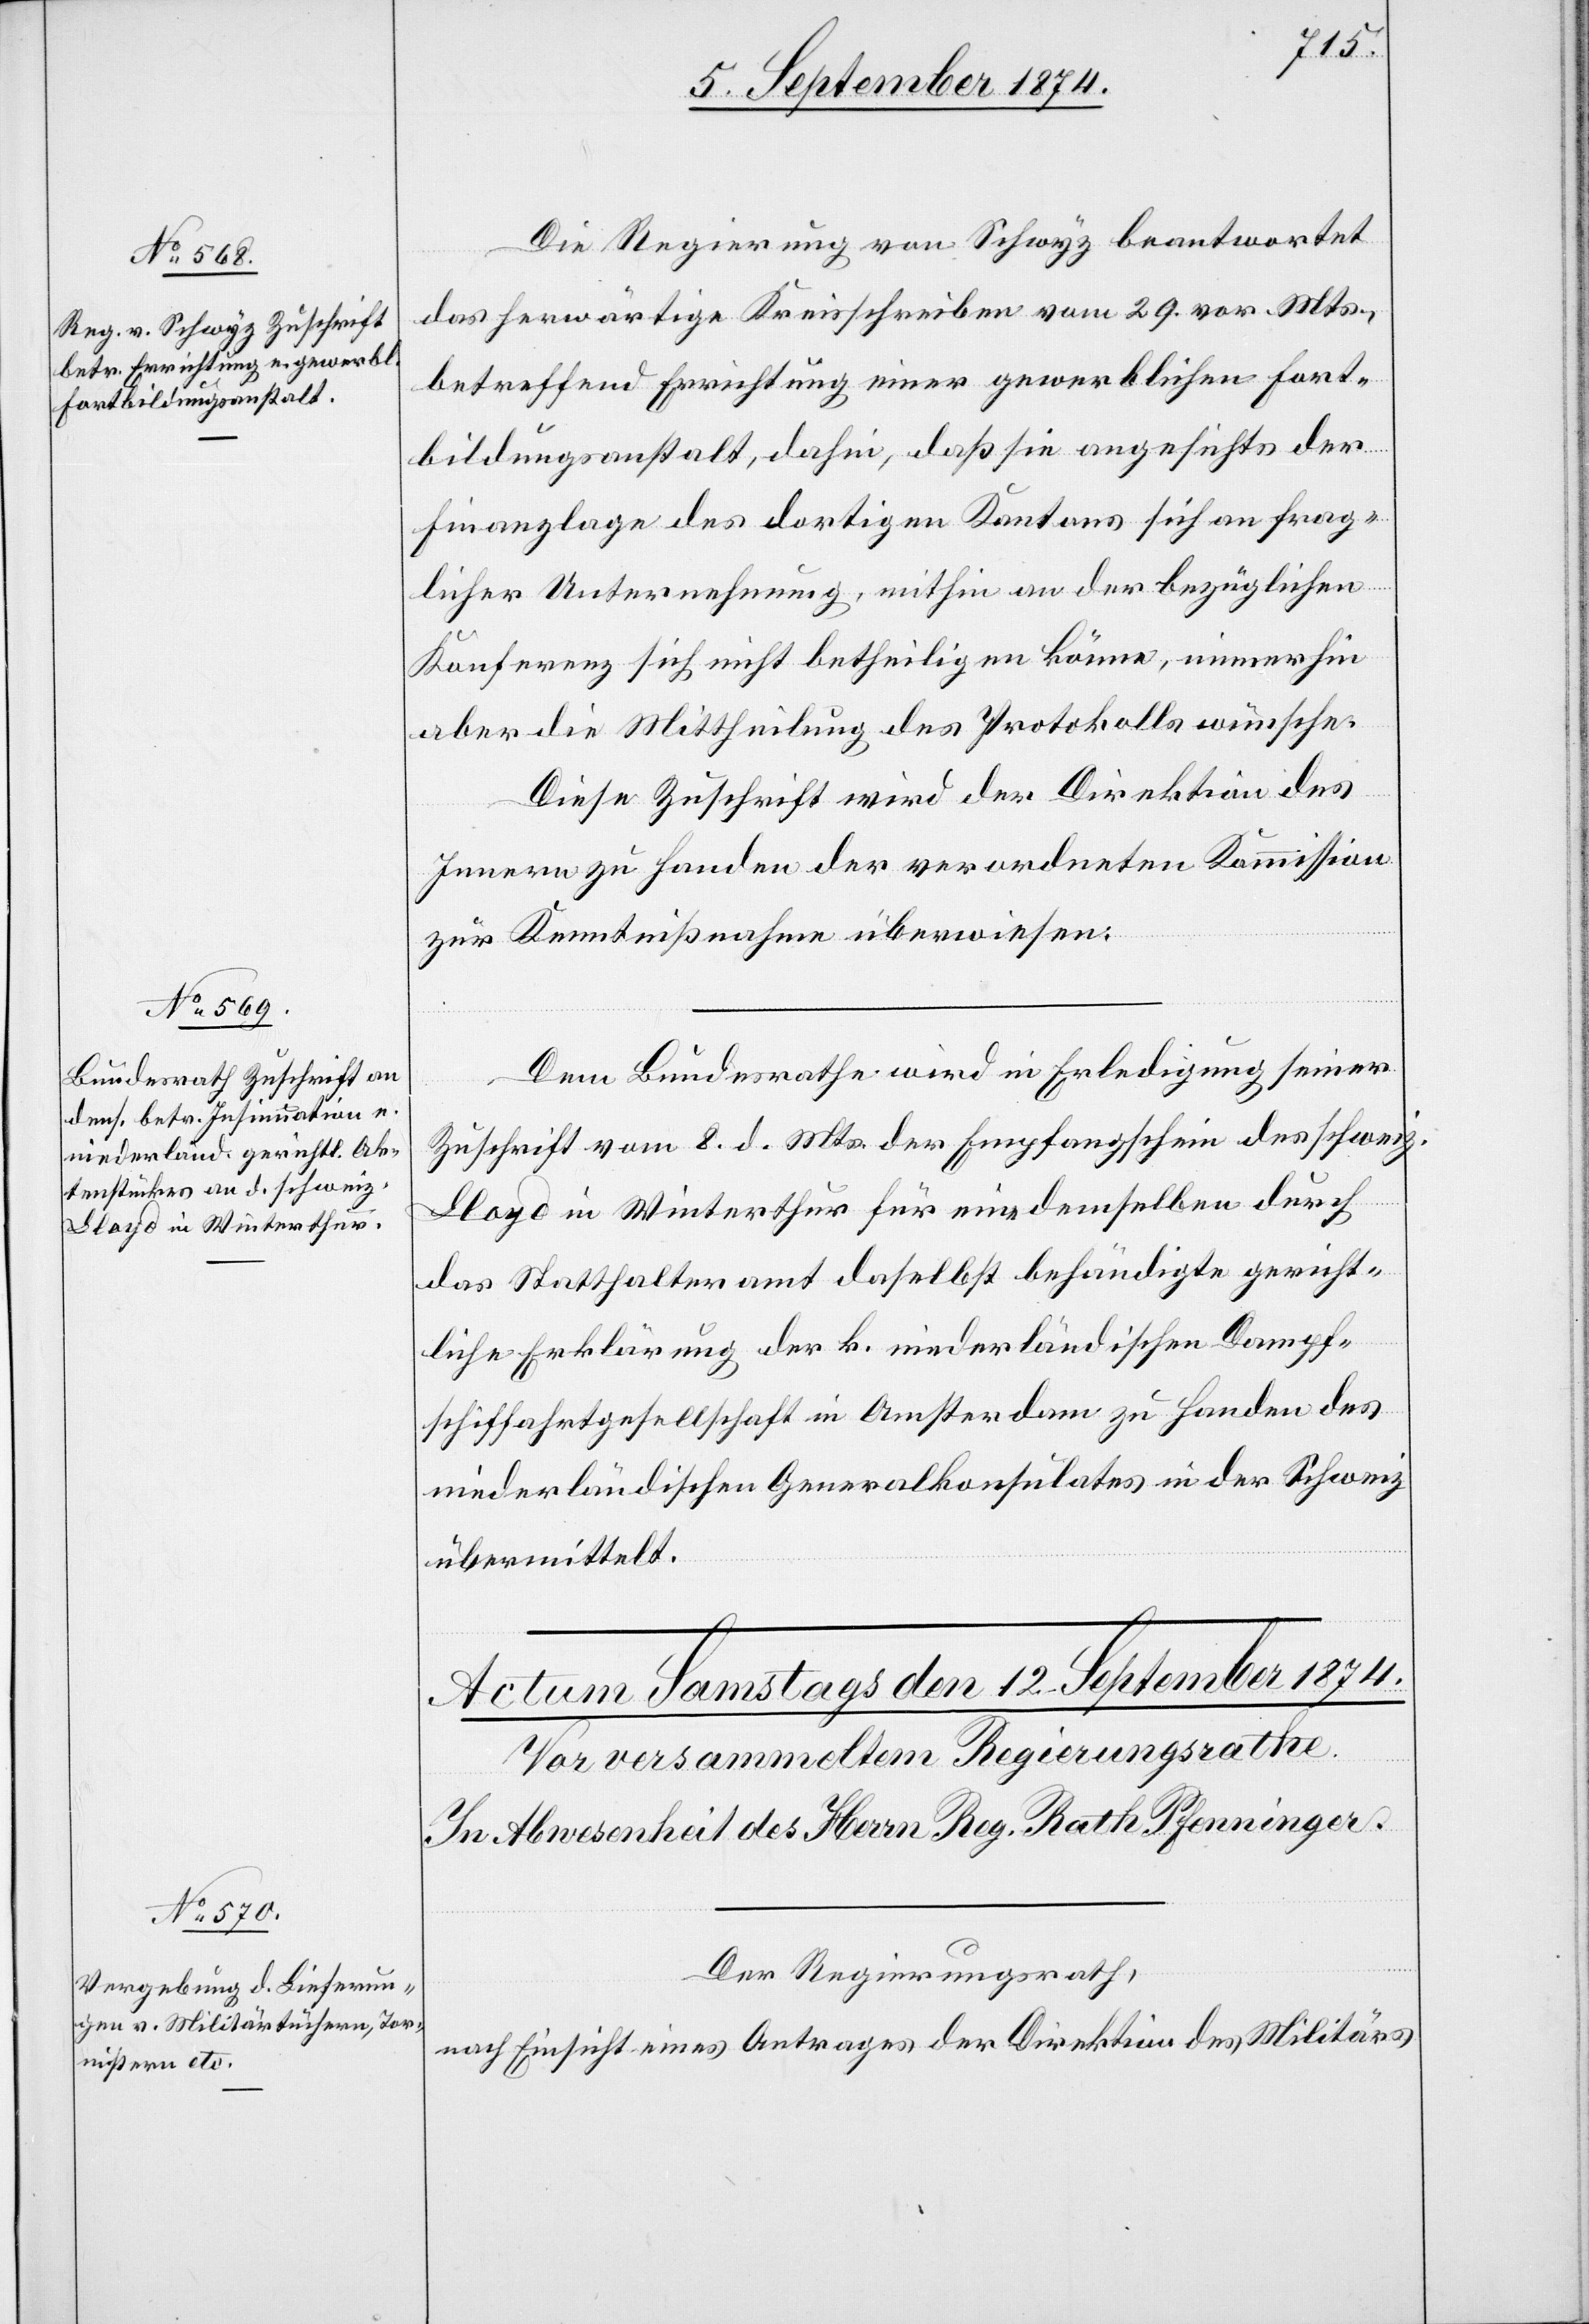
11. September 1874.]
Die Regierung von Schwyz beantwortet
das herwärtige Kreisschreiben vom 29. vor. Mts.,
betreffend Errichtung einer gewerblichen Fort¬
bildungsanstalt, dahin, daß sie angesichts der
Finanzlage des dortigen Kantons sich an frag¬
licher Unternehmung, mithin an der bezüglichen
Konferenz sich nicht betheiligen könne, immerhin
aber die Mittheilung des Protokolls wünsche.
Diese Zuschrift wird der Direktion des
Innern zu Handen der verordneten Kommission
zur Kenntniß überwiesen.
Dem Bundesrathe wird in Erledigung seiner
Zuschrift vom 8. d. Mts. der Empfangschein des schweiz.
Lloyd in Winterthur für eine demselben durch
das Statthalteramt daselbst behändigte gericht¬
liche Erklärung der k. niederländischen Dampf¬
schiffahrtgesellschaft in Amsterdam zu Handen des
niederländischen Generalkonsulates in der Schweiz
übermittelt.
Der Regierungsrath,
nach Einsicht eines Antrages der Direktion des Militärs